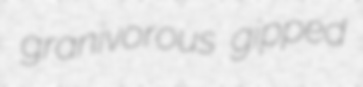
granivorous gipped